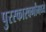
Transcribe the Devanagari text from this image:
पुरस्कारवर्गांमध्ये